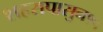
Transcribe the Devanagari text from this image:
शहरापासुन१५